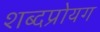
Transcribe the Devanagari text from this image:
शब्दप्रोयग